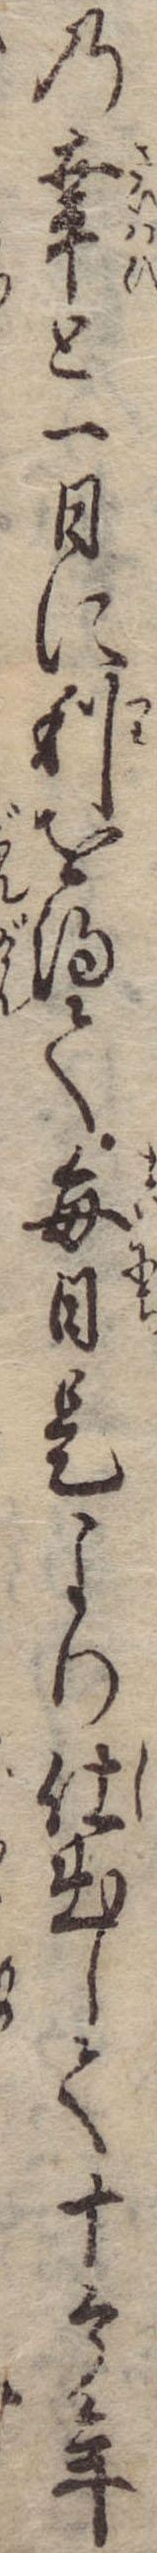
の幸と一日に利を得て毎日是より仕出して十个年